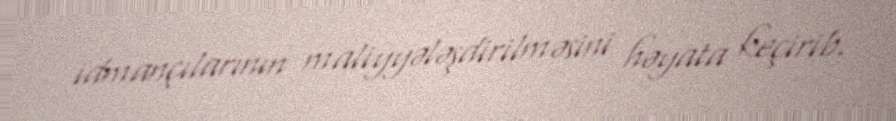
idmançılarının maliyyələşdirilməsini həyata keçirib.